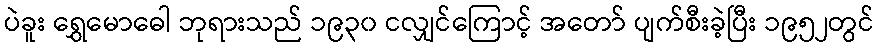
ပဲခူး ရွှေမောဓေါ ဘုရားသည် ၁၉၃၀ ငလျှင်ကြောင့် အတော် ပျက်စီးခဲ့ပြီး ၁၉၅၂တွင်